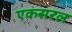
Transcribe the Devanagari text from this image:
एकसरल